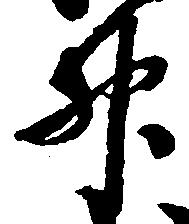
升